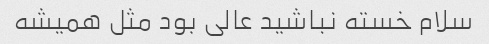
سلام خسته نباشید عالی بود مثل همیشه